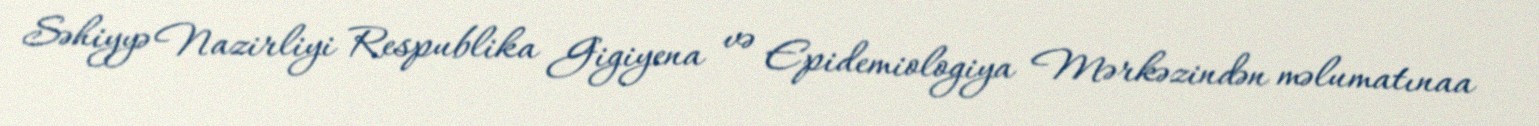
Səhiyyə Nazirliyi Respublika Gigiyena və Epidemiologiya Mərkəzindən məlumatınaa